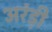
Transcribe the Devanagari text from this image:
अरंड़ी